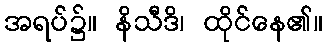
အရပ်၌။ နိသီဒိ၊ ထိုင်နေ၏။